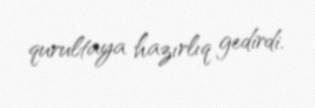
qurultaya hazırlıq gedirdi.